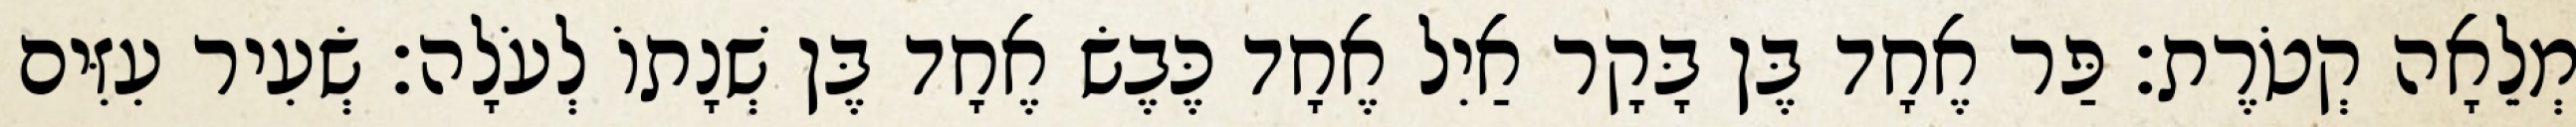
מְלֵאָה קְטֹרֶת׃ פַּר אֶחָד בֶּן בָּקָר אַיִל אֶחָד כֶּבֶשׂ אֶחָד בֶּן שְׁנָתוֹ לְעֹלָה׃ שְׂעִיר עִזִּים